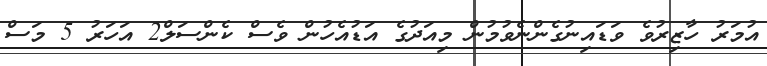
އުމަރު ހާޒިރުވެ ވަޑައިނުގެންނެވުމުން މިއަދުގެ އަޑުއެހުން ވެސް ކެންސަލް2 އަހަރު 5 މަސް